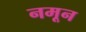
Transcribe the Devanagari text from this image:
नमून